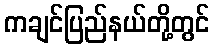
ကချင်ပြည်နယ်တို့တွင်